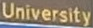
University